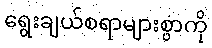
ရွေးချယ်စရာများစွာကို